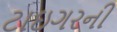
ટાઇગરની